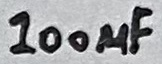
Text: 100µF